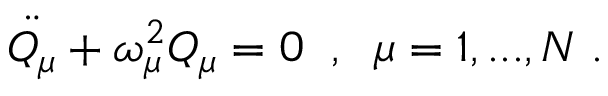
\ddot { Q _ { \mu } } + \omega _ { \mu } ^ { 2 } Q _ { \mu } = 0 \; \; , \; \; \mu = 1 , . . . , N \; .